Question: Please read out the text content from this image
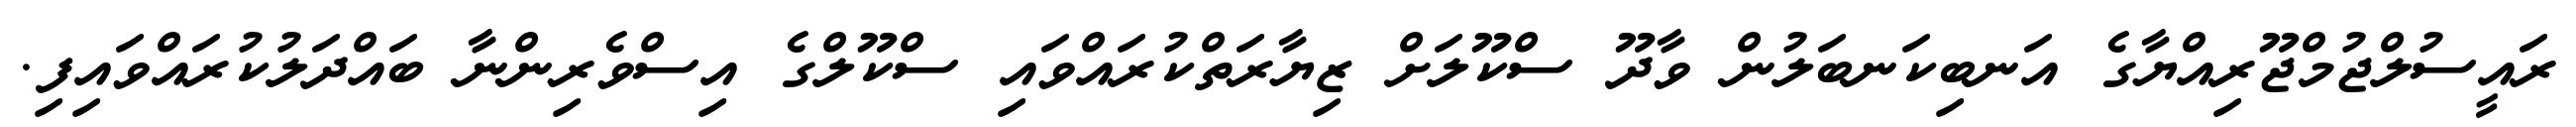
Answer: ރައީސުލްޖުމްޖޫރިއްޔާގެ އަނބިކަނބަލުން ވާދޫ ސްކޫލަށް ޒިޔާރަތްކުރައްވައި ސްކޫލްގެ އިސްވެރިންނާ ބައްދަލުކުރައްވައިފި.